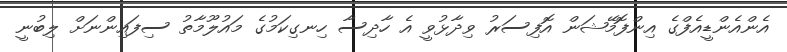
އެންއެންޑީއެފްގެ އިންފޮމޭޝަން އޮފިސަރު ވިދާޅުވީ އެ ހާދިސާ ހިނގިކަމުގެ މައުލޫމާތު ސިފައިންނަށް ލިބުނީ